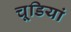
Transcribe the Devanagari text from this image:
चूडियां